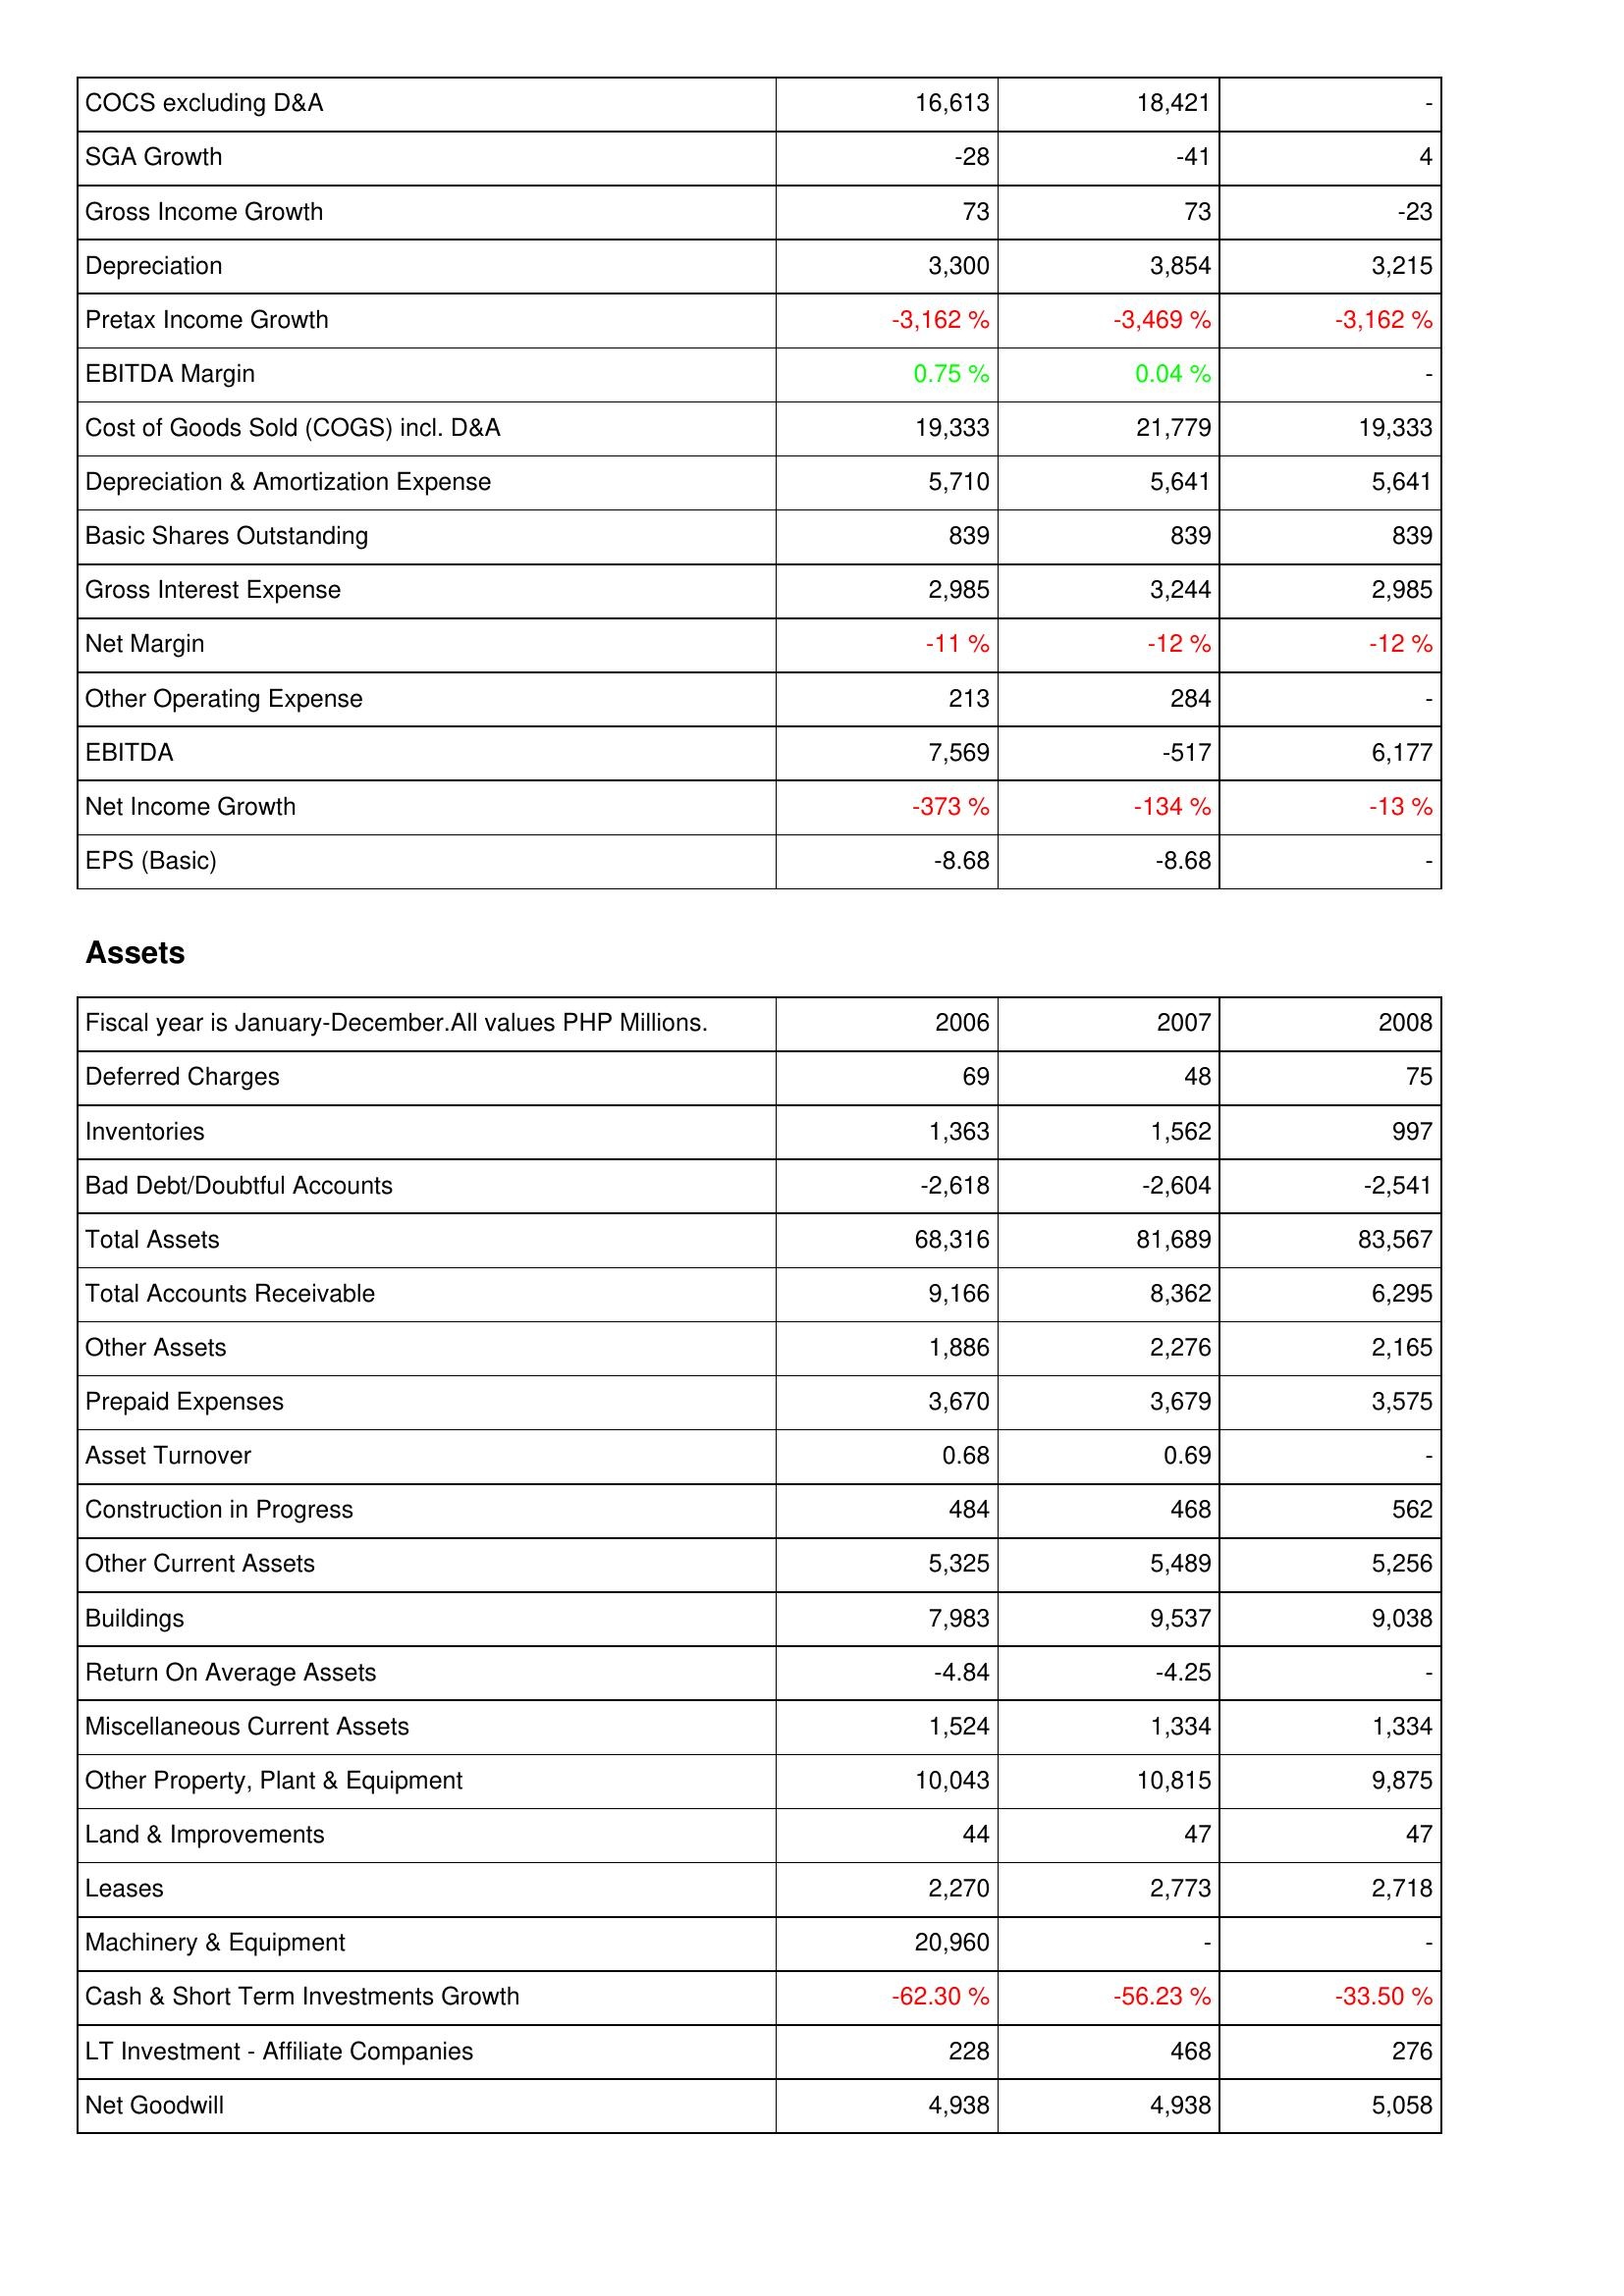
2006: Income Statement: COCS excluding D&A: 16,613
SGA Growth: -28
Gross Income Growth: 73
Depreciation: 3,300
Pretax Income Growth: -3,162 %
EBITDA Margin: 0.75 %
Cost of Goods Sold (COGS) incl. D&A: 19,333
Depreciation & Amortization Expense: 5,710
Basic Shares Outstanding: 839
Gross Interest Expense: 2,985
Net Margin: -11 %
Other Operating Expense: 213
EBITDA: 7,569
Net Income Growth: -373 %
EPS (Basic): -8.68
Assets: Deferred Charges: 69
Inventories: 1,363
Bad Debt/Doubtful Accounts: -2,618
Total Assets: 68,316
Total Accounts Receivable: 9,166
Other Assets: 1,886
Prepaid Expenses: 3,670
Asset Turnover: 0.68
Construction in Progress: 484
Other Current Assets: 5,325
Buildings: 7,983
Return On Average Assets: -4.84
Miscellaneous Current Assets: 1,524
Other Property, Plant & Equipment: 10,043
Land & Improvements: 44
Leases: 2,270
Machinery & Equipment: 20,960
Cash & Short Term Investments Growth: -62.30 %
LT Investment - Affiliate Companies: 228
Net Goodwill: 4,938
2007: Income Statement: COCS excluding D&A: 18,421
SGA Growth: -41
Gross Income Growth: 73
Depreciation: 3,854
Pretax Income Growth: -3,469 %
EBITDA Margin: 0.04 %
Cost of Goods Sold (COGS) incl. D&A: 21,779
Depreciation & Amortization Expense: 5,641
Basic Shares Outstanding: 839
Gross Interest Expense: 3,244
Net Margin: -12 %
Other Operating Expense: 284
EBITDA: -517
Net Income Growth: -134 %
EPS (Basic): -8.68
Assets: Deferred Charges: 48
Inventories: 1,562
Bad Debt/Doubtful Accounts: -2,604
Total Assets: 81,689
Total Accounts Receivable: 8,362
Other Assets: 2,276
Prepaid Expenses: 3,679
Asset Turnover: 0.69
Construction in Progress: 468
Other Current Assets: 5,489
Buildings: 9,537
Return On Average Assets: -4.25
Miscellaneous Current Assets: 1,334
Other Property, Plant & Equipment: 10,815
Land & Improvements: 47
Leases: 2,773
Machinery & Equipment: -
Cash & Short Term Investments Growth: -56.23 %
LT Investment - Affiliate Companies: 468
Net Goodwill: 4,938
2008: Income Statement: COCS excluding D&A: -
SGA Growth: 4
Gross Income Growth: -23
Depreciation: 3,215
Pretax Income Growth: -3,162 %
EBITDA Margin: -
Cost of Goods Sold (COGS) incl. D&A: 19,333
Depreciation & Amortization Expense: 5,641
Basic Shares Outstanding: 839
Gross Interest Expense: 2,985
Net Margin: -12 %
Other Operating Expense: -
EBITDA: 6,177
Net Income Growth: -13 %
EPS (Basic): -
Assets: Deferred Charges: 75
Inventories: 997
Bad Debt/Doubtful Accounts: -2,541
Total Assets: 83,567
Total Accounts Receivable: 6,295
Other Assets: 2,165
Prepaid Expenses: 3,575
Asset Turnover: -
Construction in Progress: 562
Other Current Assets: 5,256
Buildings: 9,038
Return On Average Assets: -
Miscellaneous Current Assets: 1,334
Other Property, Plant & Equipment: 9,875
Land & Improvements: 47
Leases: 2,718
Machinery & Equipment: -
Cash & Short Term Investments Growth: -33.50 %
LT Investment - Affiliate Companies: 276
Net Goodwill: 5,058